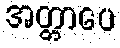
အတ္တာပေ